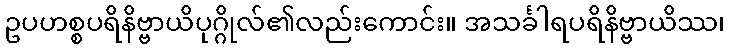
ဥပဟစ္စပရိနိဗ္ဗာယိပုဂ္ဂိုလ်၏လည်းကောင်း။ အသင်္ခါရပရိနိဗ္ဗာယိဿ၊